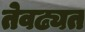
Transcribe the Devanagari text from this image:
तेवढ्यत